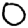
Digit: 0